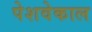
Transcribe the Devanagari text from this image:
पेशवेकाल